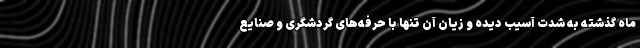
ماه گذشته به شدت آسیب دیده و زیان آن تنها با حرفه‌های گردشگری و صنایع